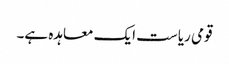
قومی ریاست ایک معاہدہ ہے۔